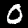
Label: 0